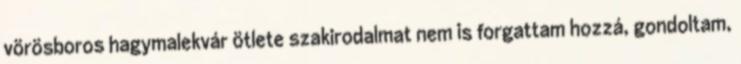
vörösboros hagymalekvár ötlete szakirodalmat nem is forgattam hozzá, gondoltam,